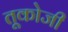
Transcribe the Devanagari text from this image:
तूकोजी